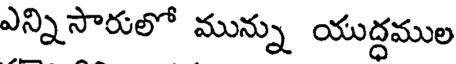
ఎన్ని సారులో మున్ను యుద్ధముల